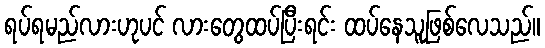
ရပ်ရမည်လားဟုပင် လားတွေထပ်ပြီးရင်း ထပ်နေသူဖြစ်လေသည်။